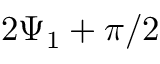
2 \Psi _ { 1 } + \pi / 2